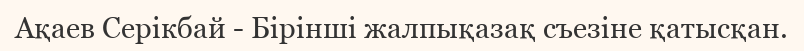
Ақаев Серікбай - Бірінші жалпықазақ съезіне қатысқан.